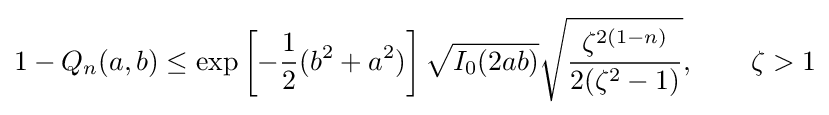
1-Q_{n}(a,b)\leq \exp \left[-{\frac {1}{2}}(b^{2}+a^{2})\right]{\sqrt {I_{0}(2ab)}}{\sqrt {\frac {\zeta ^{2(1-n)}}{2(\zeta ^{2}-1)}}},\qquad \zeta >1